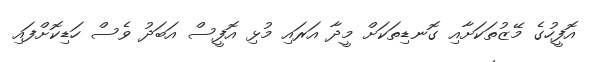
އޮފީހުގެ މޭޒުތަކަށާއި ގޮނޑިތަކަށް މީދާ އަރައި މުޅި އޮފީސް އަބަދު ވެސް ހަޑިކޮށްފައި